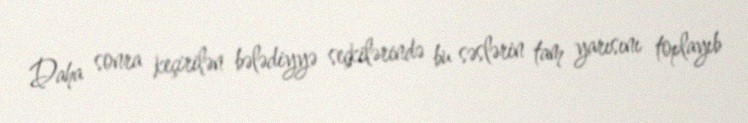
Daha sonra keçirilən bələdiyyə seçkilərində bu səslərin tam yarısını toplayıb